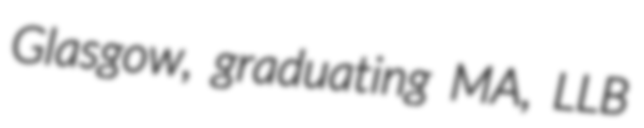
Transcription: Glasgow, graduating MA, LLB